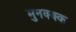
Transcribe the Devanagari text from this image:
मुनक्क्क